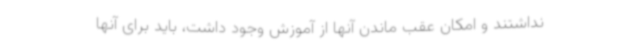
نداشتند و امکان عقب ماندن آنها از آموزش وجود داشت، باید برای آنها